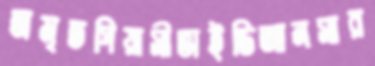
অমৃতপিয়াসীভাইডিআনসার